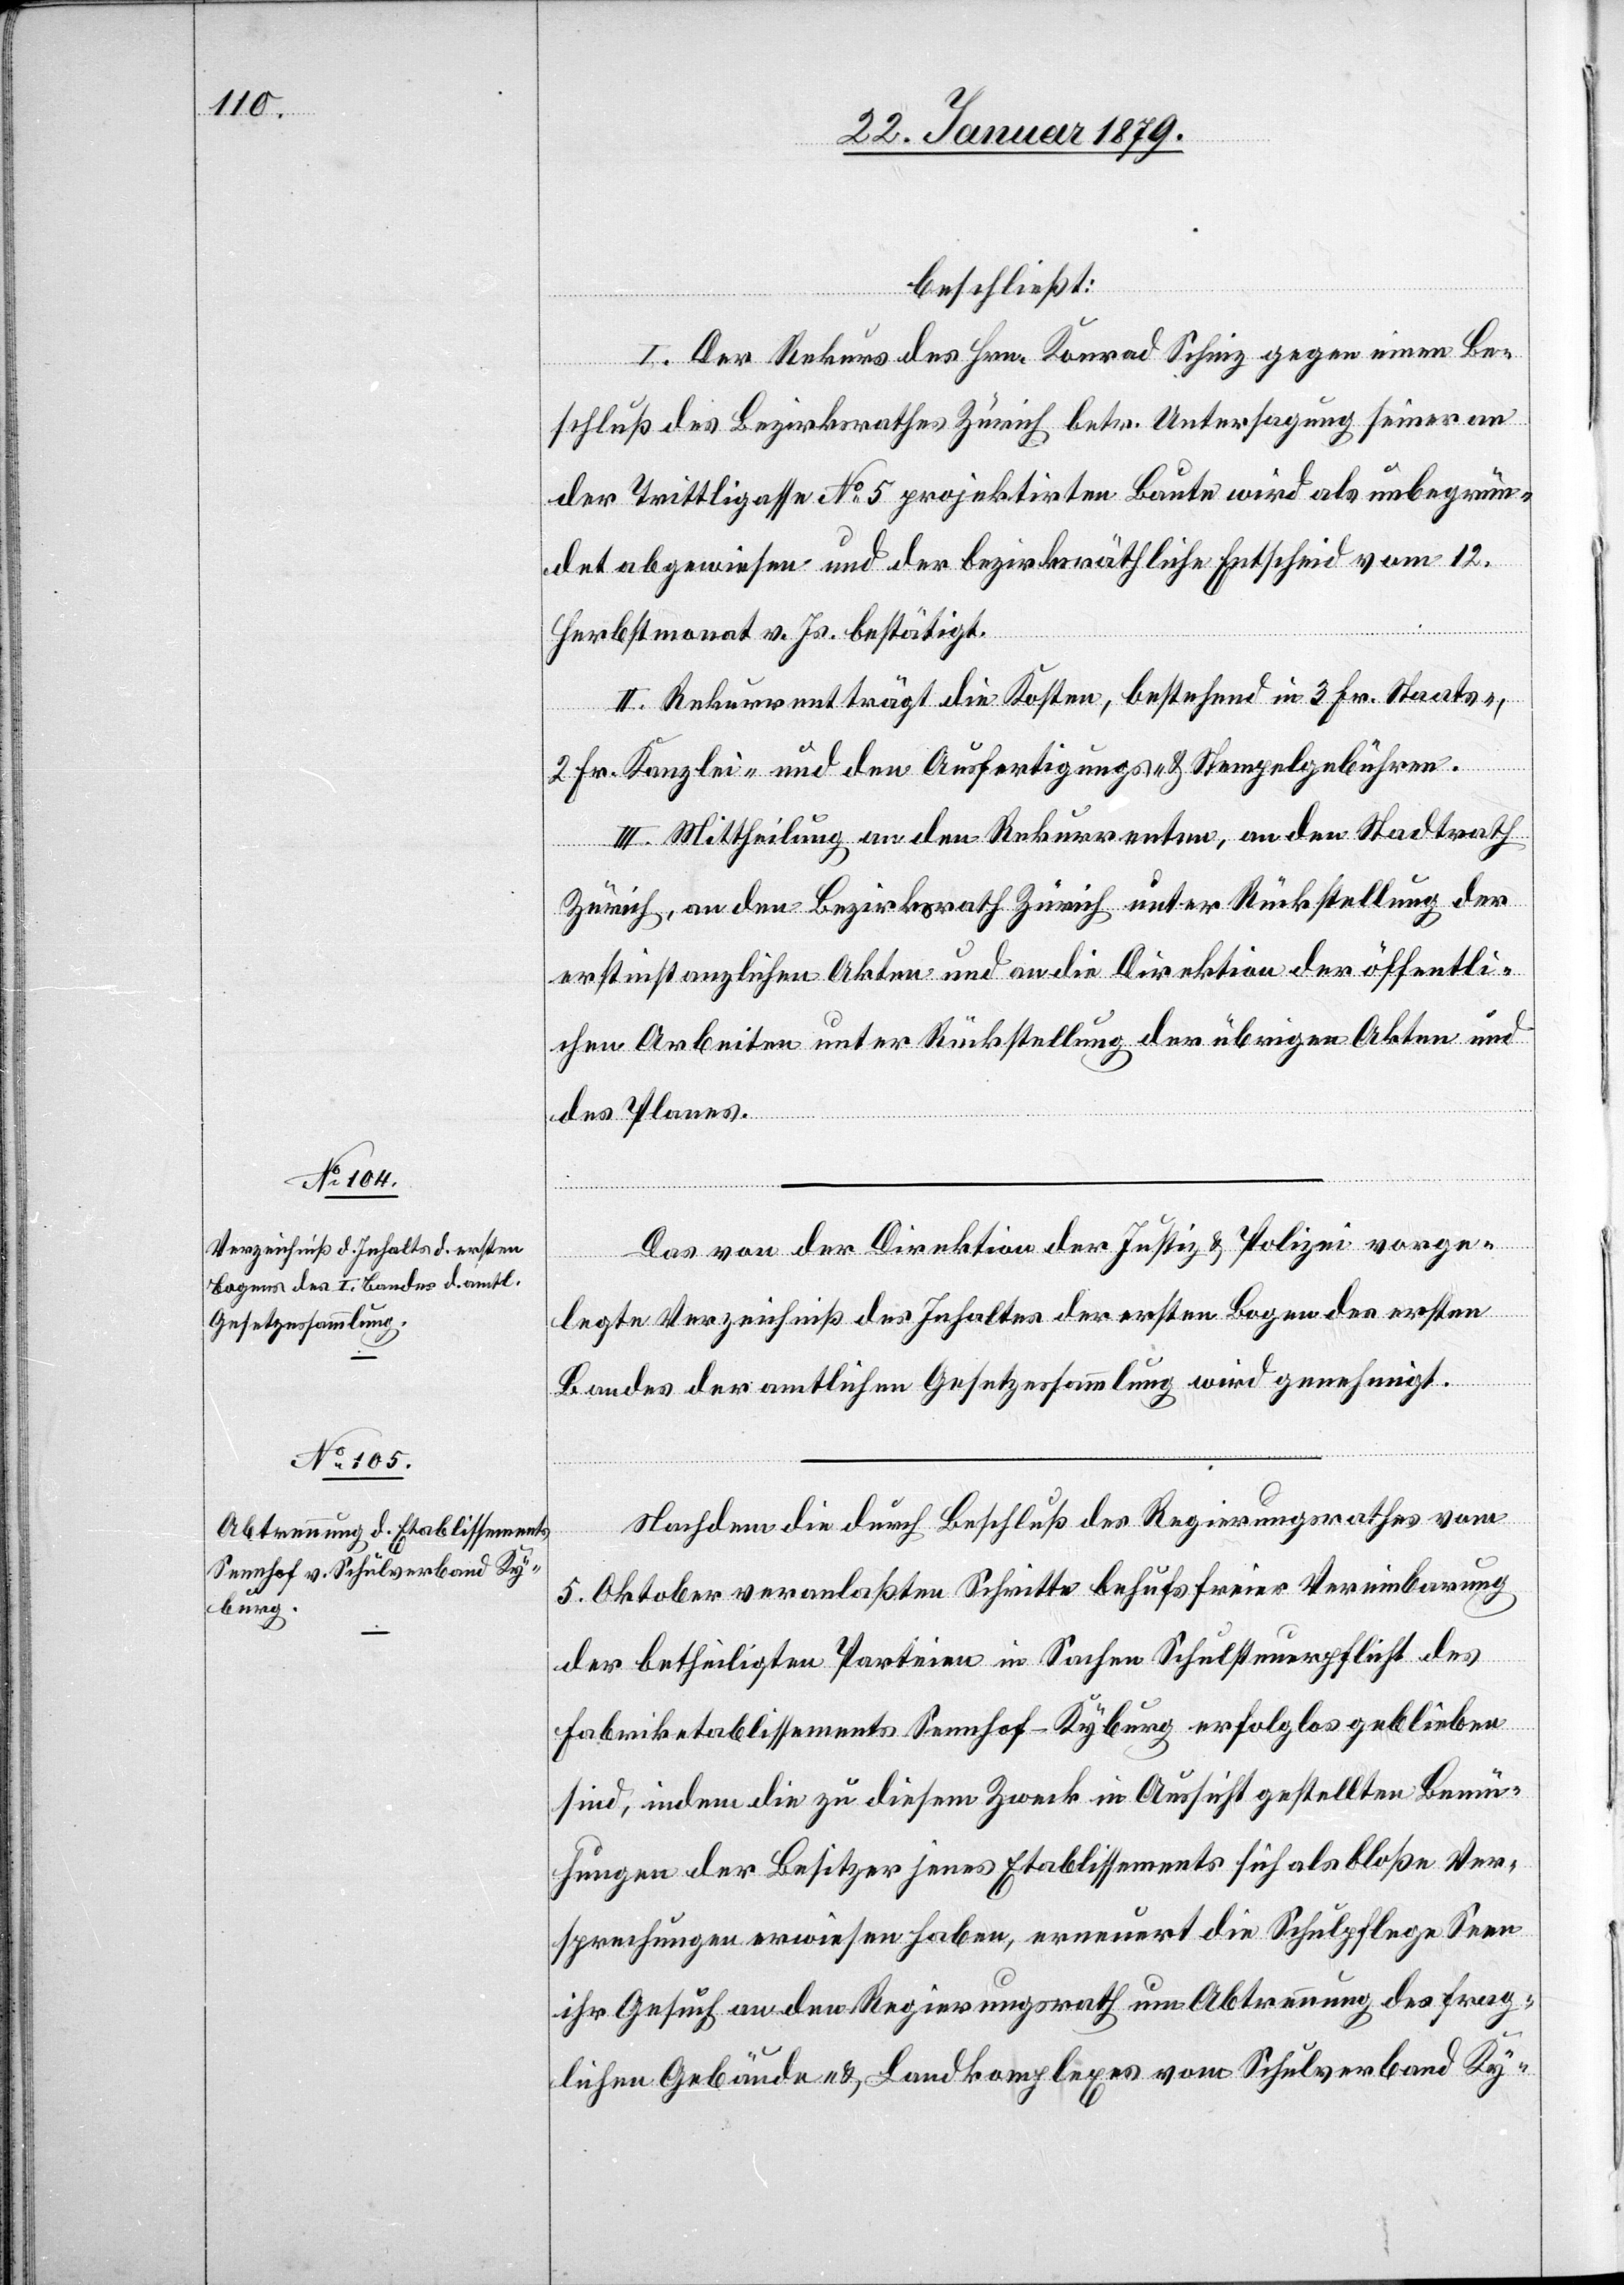
beschließt:
I. Der Rekurs des Hrn. Konrad Schinz gegen einen Be¬
schluß des Bezirksrathes Zürich betr. Untersagung seiner an
der Trittligasse No 5 projektirten Baute wird als unbegrün¬
det abgewiesen und der bezirksräthliche Entscheid vom 12.
Herbstmonat v. Js. bestätigt.
II. Rekurrent trägt die Kosten, bestehend in 3 Fr. Staats-,
2 Fr. Kanzlei- und den Ausfertigungs- & Stempelgebühren.
III. Mittheilung an den Rekurrenten, an den Stadtrath
Zürich, an den Bezirksrath Zürich unter Rückstellung der
erstinstanzlichen Akten und an die Direktion der öffentli¬
chen Arbeiten unter Rückstellung der übrigen Akten und
des Planes.
Das von Direktion der Justiz & Polizei vorge¬
legte Verzeichniß des Inhaltes der ersten Bogen des ersten
Bandes der amtlichen Gesetzessammlung wird genehmigt.
Nachdem die durch Beschluß des Regierungsrathes vom
5. Oktober veranlaßten Schritte behufs freier Vereinbarung
der betheiligten Parteien in Sachen Schulsteuerpflicht des
Fabriketablissements Sennhof-Kyburg erfolglos geblieben
sind, indem die zu diesem Zweck in Aussicht gestellten Bemü¬
hungen der Besitzer jenes Etablissements sich als bloße Ver¬
sprechungen erwiesen haben, erneuert die Schulpflege Seen
ihr Gesuch an den Regierungsrath um Abtrennung des frag¬
lichen Gebäude- & Landkomplexes vom Schulverband Ky-